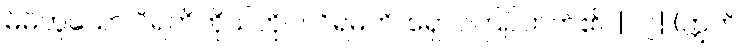
မိမိဟူသော ဝိရတိကိုယ်တိုင်။ ဝိရမတိ၊ ရှောင်ကြဉ်တတ်၏။ [၀၇] (ဣတိ၊